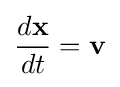
{\frac {d\mathbf {x} }{dt}}=\mathbf {v}